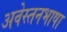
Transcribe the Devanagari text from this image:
अवेस्तनभाषा